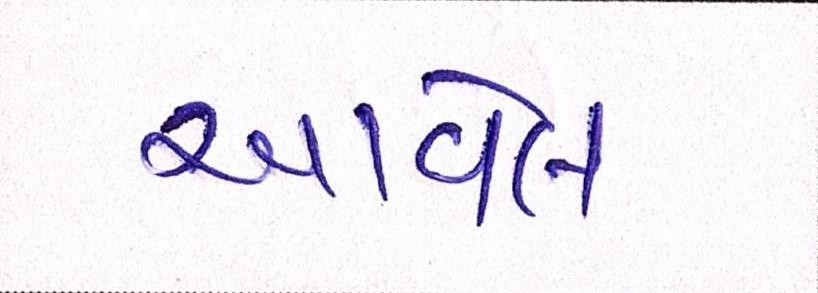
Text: આવેલ